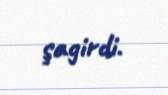
şagirdi.